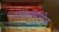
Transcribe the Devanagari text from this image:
स्थळांमधील